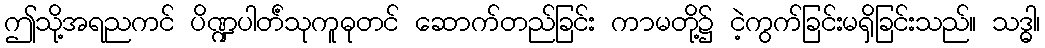
ဤသို့အရညကင် ပိဏ္ဍပါတ်ံသုကူဓုတင် ဆောက်တည်ခြင်း ကာမတို့၌ ငဲ့ကွက်ခြင်းမရှိခြင်းသည်။ သဒ္ဓါ၊